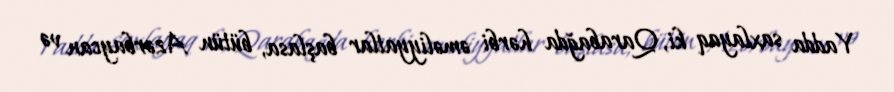
Yadda saxlayaq ki, Qarabağda hərbi əməliyyatlar başlasa, bütün Azərbaycan və